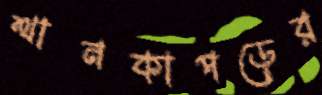
থানকাপড়ের